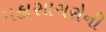
મહાસાગરોની